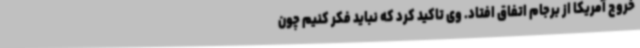
خروج آمریکا از برجام اتفاق افتاد. وی تاکید کرد که نباید فکر کنیم چون